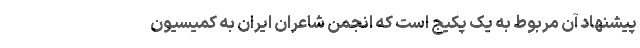
پیشنهاد آن مربوط به یک پکیج است که انجمن شاعران ایران به کمیسیون